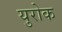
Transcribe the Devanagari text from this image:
युरोक